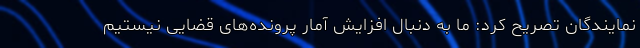
نمایندگان تصریح کرد: ما به دنبال افزایش آمار پرونده‌های قضایی نیستیم